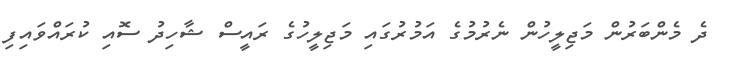
ދެ މެންބަރުން މަޖިލީހުން ނެރުމުގެ އަމުރުގައި މަޖިލީހުގެ ރައީސް ޝާހިދު ސޮއި ކުރައްވައިފި